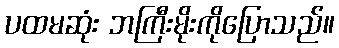
ပထမဆုံး ဘကြီးမိုးကိုပြောသည်။